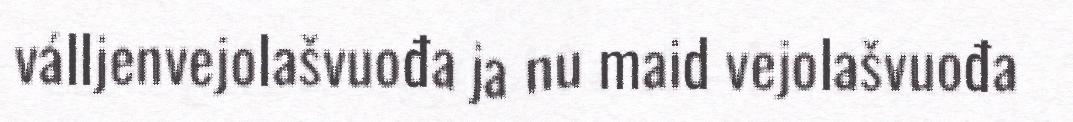
válljenvejolašvuođa ja nu maid vejolašvuođa